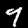
Digit: 9